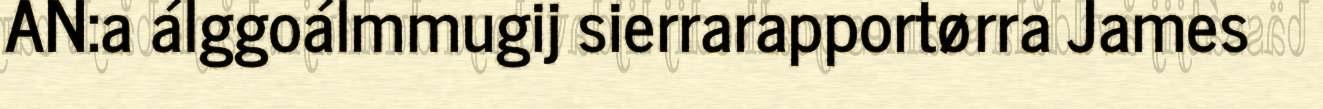
AN:a álggoálmmugij sierrarapportørra James